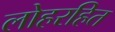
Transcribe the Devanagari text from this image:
लोहरहित